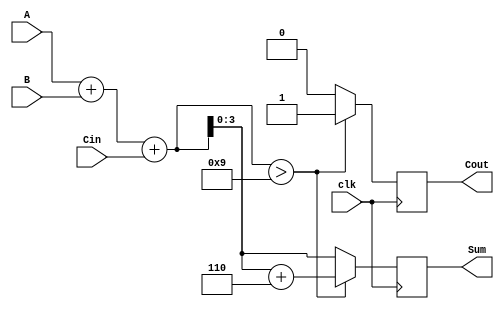
module BCD_Sequential_Adder (
    input wire [3:0] A,       // First BCD digit
    input wire [3:0] B,       // Second BCD digit
    input wire Cin,           // Carry input
    input wire clk,           // Clock signal
    output reg [3:0] Sum,     // BCD result
    output reg Cout           // Carry output
);

    reg [4:0] TempSum;        // Intermediate sum (5 bits for carry)
    reg correction;           // Correction signal

    always @(posedge clk) begin
        // Perform binary addition
        TempSum = A + B + Cin;

        // Check for BCD correction
        if (TempSum > 5'd9) begin
            // If TempSum exceeds 9, apply correction
            TempSum = TempSum + 5'd6; // Add 6 to correct
            correction = 1'b1;         // Set correction flag
        end else begin
            correction = 1'b0;         // No correction needed
        end

        // Assign outputs
        Sum = TempSum[3:0];           // Lower 4 bits are the BCD result
        Cout = correction;             // Set Cout based on correction
    end

endmodule